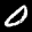
Label: 0